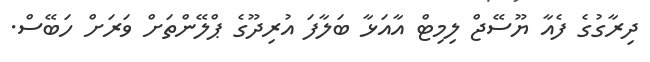
ދިރާގުގެ ފެއާ ޔޫސޭޖް ލިމިޓް އާއަޅާ ބަލާފަ އުރިދޫގެ ޕްލޭންތަަށް ވަރަށް ހަބޭސް.